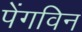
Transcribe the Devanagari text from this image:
पेंगविन